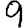
Digit: 9